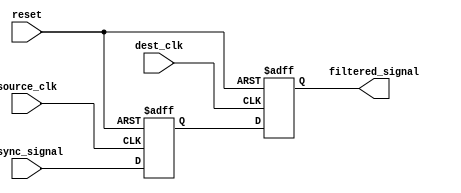
module MetaStabilityFilter (
    input wire async_signal,      // Asynchronous input signal
    input wire source_clk,        // Clock for the first flip-flop
    input wire dest_clk,          // Clock for the second flip-flop
    input wire reset,             // Reset signal
    output reg filtered_signal     // Filtered output signal
);

    // Internal signals for the two flip-flops
    reg ff1_q;                    // Output of the first flip-flop

    // First flip-flop - samples the async signal in the source clock domain
    always @(posedge source_clk or posedge reset) begin
        if (reset) begin
            ff1_q <= 1'b0;        // Initialize to known state
        end else begin
            ff1_q <= async_signal; // Sample the asynchronous input
        end
    end

    // Second flip-flop - samples the output of the first FF in the destination clock domain
    always @(posedge dest_clk or posedge reset) begin
        if (reset) begin
            filtered_signal <= 1'b0; // Initialize to known state
        end else begin
            filtered_signal <= ff1_q; // Output the filtered signal
        end
    end

endmodule